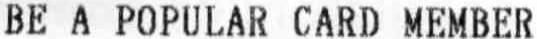
BE A POPULAR CARD MEMBER